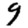
Digit: 9